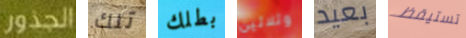
الجذور تلك بطلك وثلاثين بعيد تستيقظ